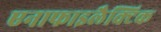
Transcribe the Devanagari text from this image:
एनाफाइलैक्टिक